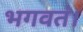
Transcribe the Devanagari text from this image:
भगवतं।